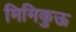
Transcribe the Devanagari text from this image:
मिमिकुऊ